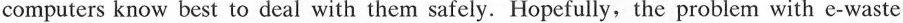
computers know best to deal with them safely.Hopefully, the problem with e-waste